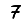
Digit: 7